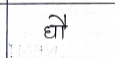
मजकूर: घौ